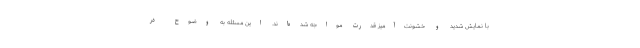
با نمایش شدید و خشونت‌آمیز قدرت مواجه شده‌اند. این مسئله به وضوح در